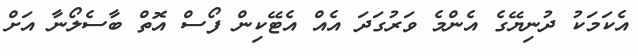
އެކަމަކު ދުނިޔޭގެ އެންމެ ވަރުގަދަ އެއް އެޓޭކިން ފޯސް އޮތް ބާސެލޯނާ އަށް